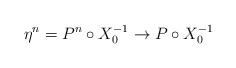
LaTeX: \begin{align*}\eta^n = P^n \circ X_0^{-1} \to P \circ X_0^{-1}\end{align*}